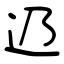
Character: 辸